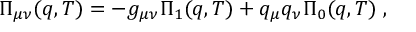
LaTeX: \Pi _ { \mu \nu } ( q , T ) = - g _ { \mu \nu } \Pi _ { 1 } ( q , T ) + q _ { \mu } q _ { \nu } \Pi _ { 0 } ( q , T ) \; ,